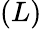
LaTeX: (L)